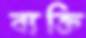
ব্যক্তি